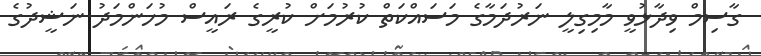
ގާސިމް ވިދާޅުވީ މާމިގިލީ ނަރުދަމާގެ މަސައްކަތް ކުރުމަށް ކުރީގެ ރައީސް މުހަންމަދު ނަޝީދުގެ